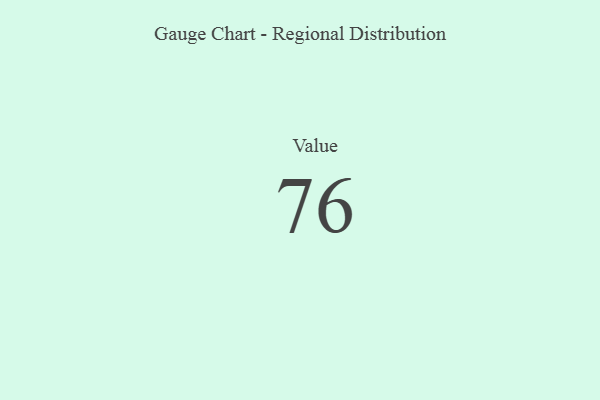
{"axis": {"x": "Metric", "y": "Value"}, "legend": [""], "data": [{"x": "Value", "y": 76, "type": ""}]}